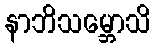
နာဘိသမ္ဘောသိ